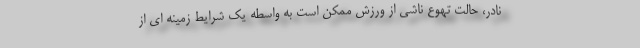
نادر، حالت تهوع ناشی از ورزش ممکن است به واسطه یک شرایط زمینه ای از